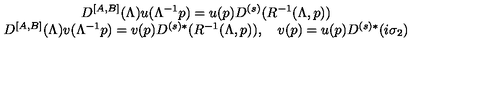
\begin{array} { c } { D ^ { \left[ A , B \right] } ( \Lambda ) u ( \Lambda ^ { - 1 } p ) = u ( p ) D ^ { \left( s \right) } ( R ^ { - 1 } ( \Lambda , p ) ) } \\ { D ^ { \left[ A , B \right] } ( \Lambda ) v ( \Lambda ^ { - 1 } p ) = v ( p ) D ^ { \left( s \right) * } ( R ^ { - 1 } ( \Lambda , p ) ) , \quad v ( p ) = u ( p ) D ^ { \left( s \right) * } ( i \sigma _ { 2 } ) } \\ \end{array} \,